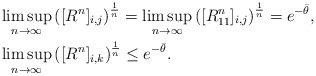
LaTeX: \begin{align*}&\limsup_{n\to\infty} \left( [R^n]_{i,j} \right)^{\frac{1}{n}}= \limsup_{n\to\infty} \left( [R_{11}^n]_{i,j} \right)^{\frac{1}{n}}= e^{-\bar{\theta}}, \\&\limsup_{n\to\infty} \left( [R^n]_{i,k} \right)^{\frac{1}{n}} \le e^{-\bar{\theta}}.\end{align*}